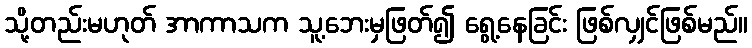
သို့တည်းမဟုတ် အာကာသက သူ့ဘေးမှဖြတ်၍ ရွေ့နေခြင်း ဖြစ်လျှင်ဖြစ်မည်။